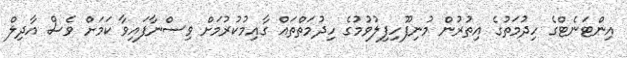
އިންޓަނެޓްގެ ހިދުމަތުގެ އިތުރުން މުނިފޫހިފިލުވުމުގެ ހިދުމަތްތައް ގާއިމުކުރުމަށް ވިސްނާފައިވާ ކަމަށް ވެސް އާދިލް